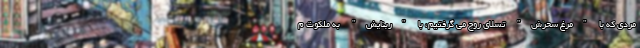
مردی که با "مرغ سحرش" تسلای روح می گرفتیم، با "ربنایش" به ملکوت م